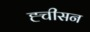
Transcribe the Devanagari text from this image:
ह्चीसन